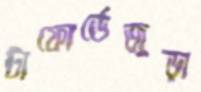
টাফোর্ডেজুড়া